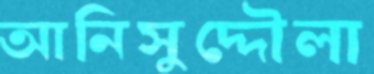
আনিসুদ্দৌলা